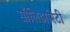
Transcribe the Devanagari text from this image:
सॉलिडारिटी